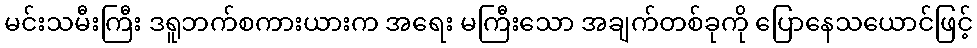
မင်းသမီးကြီး ဒရူဘက်စကားယားက အရေး မကြီးသော အချက်တစ်ခုကို ပြောနေသယောင်ဖြင့်